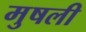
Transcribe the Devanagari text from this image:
मुषली